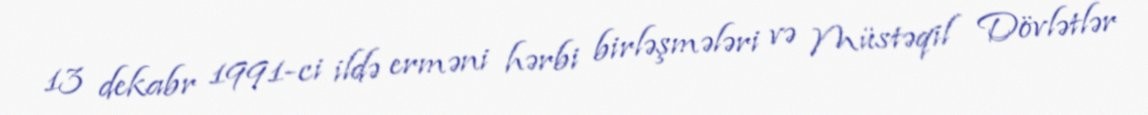
13 dekabr 1991-ci ildə erməni hərbi birləşmələri və Müstəqil Dövlətlər